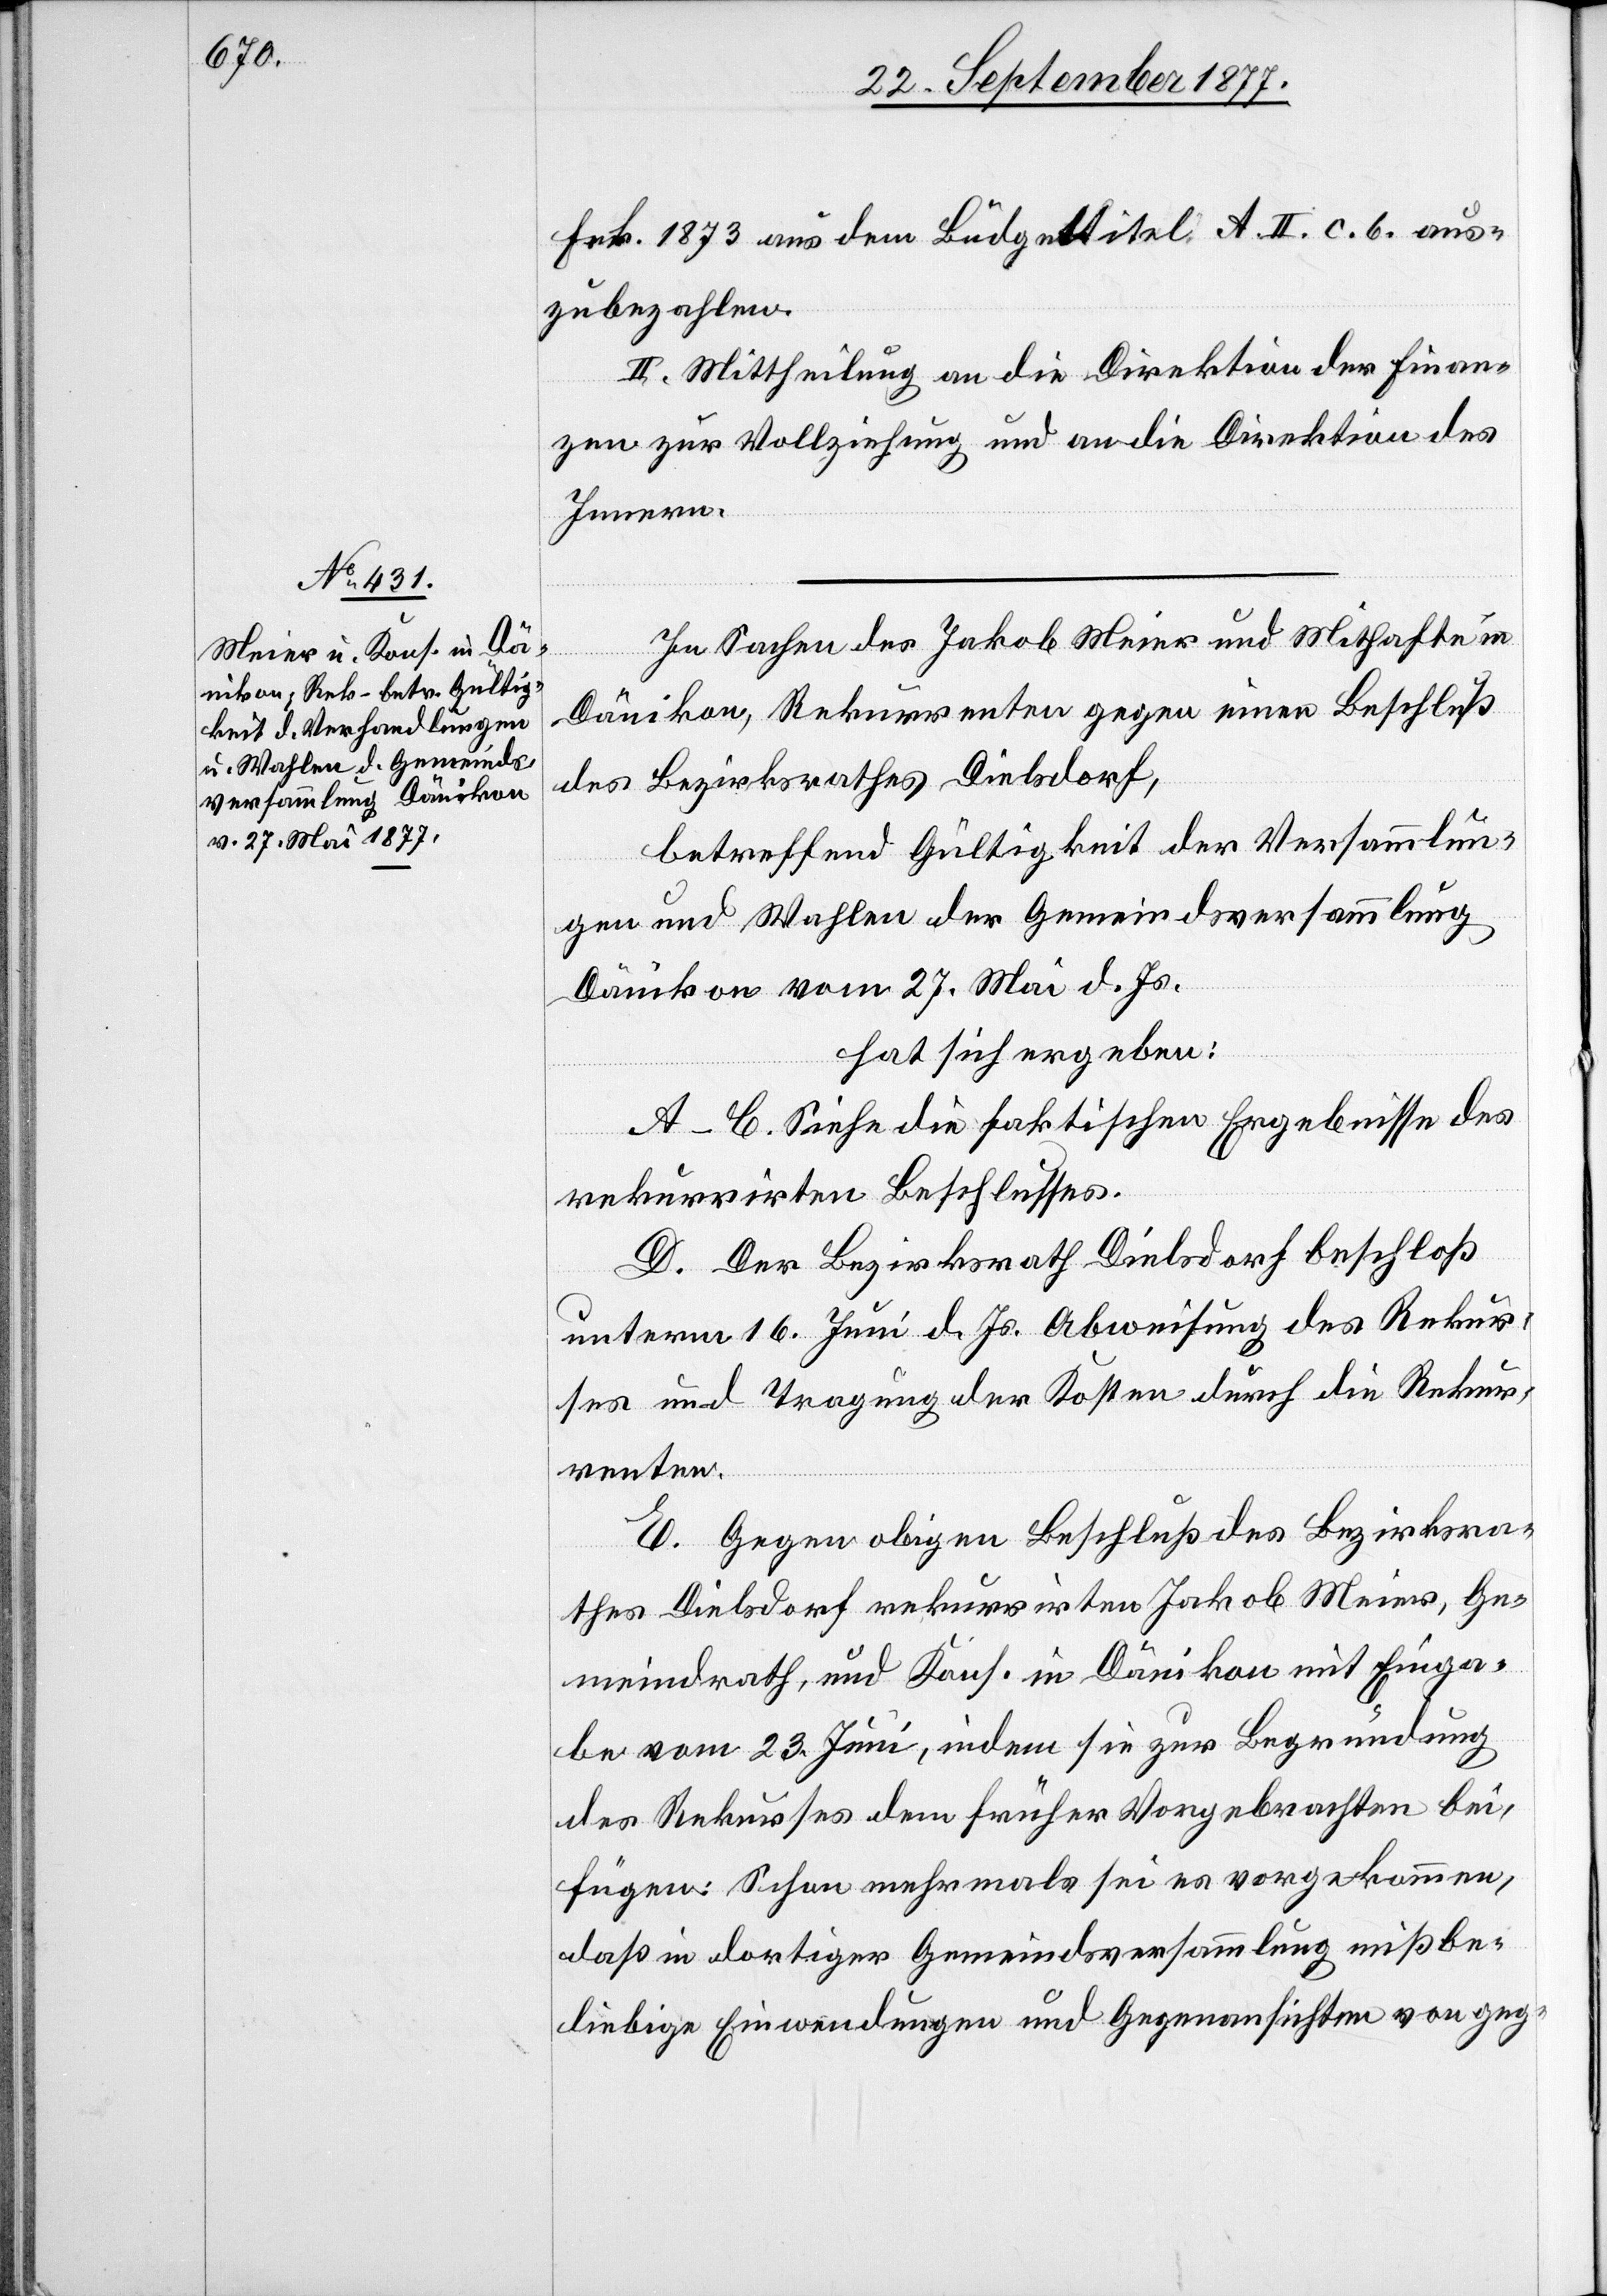
Frk. 1873 aus dem Büdgettitel A. II. c. b. aus¬
zubezahlen.
2.] Mittheilung an die Direktion der Finan¬
zen zur Vollziehung und an die Direktion des
Innern.
In Sachen des Jakob Meier und Mithafte in
Dänikon, Rekurrenten gegen einen Beschluß
des Bezirksrathes Dielsdorf,
betreffend Gültigkeit der Versammlun¬
gen und Wahlen der Gemeindsversammlung
Dänikon vom 27. Mai d. Js.
hat sich ergeben:
A–C. Siehe die faktischen Ergebnisse des
rekurrirten Beschlusses.
D. Der Bezirksrath Dielsdorf beschloß
unterm 16. Juni d. Js. Abweisung des Rekur¬
ses und Tragung der Kosten durch die Rekur¬
renten.
E. Gegen obigen Beschluß des Bezirksra¬
thes Dielsdorf rekurrirten Jakob Meier, Ge¬
meindrath, und Kons. in Dänikon mit Einga¬
be vom 23. Juni, indem sie zur Begründung
des Rekurses dem früher Vorgebrachten bei¬
fügen: Schon mehrmals sei es vorgekommen,
daß in dortiger Gemeindsversammlung mißbe¬
liebige Einwendungen und Gegenansichten von geg-